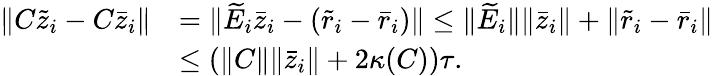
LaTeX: \begin{array}{rl}{\| C\tilde{z}_{i}-C\bar{z}_{i}\| }&{=\| \widetilde{E}_{i}\bar{z}_{i}-(\tilde{r}_{i}-\bar{r}_{i})\| \leq\| \widetilde{E}_{i}\| \| \bar{z}_{i}\| +\| \tilde{r}_{i}-\bar{r}_{i}\| }\\ &{\leq(\| C\| \| \bar{z}_{i}\| +2\kappa(C))\tau.}\end{array}